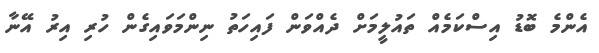
އެންމެ ބޮޑު އިސްކަމެއް ތައުލީމަށް ދެއްވަން ފައިހަތު ނިންމަވައިގެން ހުރި އިރު އޭނާ